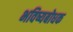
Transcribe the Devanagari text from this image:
भविष्यबोधक